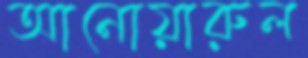
আনোয়ারুল